Report of the Indian Hemp Drugs Commission, 1894-1895 - Volume III
Year: 1894
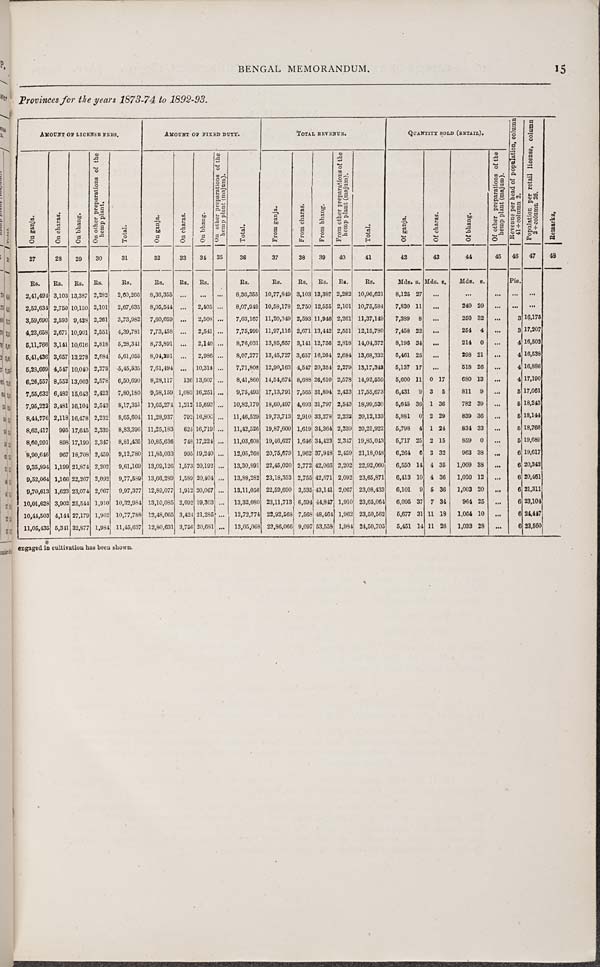
BENGAL MEMORANDUM.
15
Provinces for the years 1873-74 to 1892-93.
AMOUNT OF LICENSE FEES.
AMOUNT OF FIXED DUTY.
TOTAL REVENUE.
QUANTITY SOLD (RETAIL).
Of other preparations of the
hemp plant (majum).
Revenue
per head of population, column
41/column
2.
Population per retail license, column
2/column
26.
Remarks.
On ganja.
On charas.
On bhang.
On other preparations of the
hemp plant.
Total.
On ganja.
On charas.
On bhang.
O n other preparations of the
hemp plant (majum).
Total.
From ganja.
From charas.
Fr om bhang.
Fr om other preparations of the
hemp pl ant (
majum) .
Total.
Of ganja.
Of charas.
Of bhang.
Of other preparations of the
hemp plant (majum).
Revenue
per head of population, column
41/column
2.
Population per retail license, column
2/column
26.
Remarks.
27
28
29
30
31
32
33
34
35
36
37
38
39
40
41
42
43
44
45
46
47
48
Rs.
Rs.
Rs.
Rs.
Rs.
Rs.
Rs. Rs.
Rs.
Rs.
Rs. Rs. Rs.
Rs.
Mds. s. Mds. s.
Mds. s.
Pie.
2,41,494 3,103 13,387 2,282 2,60,266
8,36,355
8,36,355 10,77,849 3,103 13,387 2,282 10,96,621
8,125 27
2,52,634 2,750 10,150 2,101 2,67,635
8,05,544
2,405
8,07,949 10,58,178 2,750 12,555 2,101 10,75,584
7,830 11
240 20
3,59,690 2,593 9,438 2,261 3,73,982
7,60,659
2,508
7,63,167 11,20,349 2,593 11,946 2,261 11,37,149
7,389 8
260 32
3 16,175
4,23,658 2,671 10,901 2,551 4,39,781 7,73,458
2,541
7,75,999 11,97,116 2,671 13,442 2,551 12,15,780
7,458 22
264 4
3 17,207
5,11,766 3,141 10,616 2,818
5,28,341 8,73,891
2,140
8,76,031 13,85,657 3,141 12,756 2,818 14,04,372
8,196 34
214 0
4 16,502
5,41,436 3,657 13,278 2,684 5,61,055
8,04,291
2,986
8,07,277 13,45,727 3,657 16,264 2,684 13,68,332
5,461 25
298 21
4 16,538
5,28,669 4,547 10,040 2,279 5,45,535
7,61,494
10,314
7,71,808 12,90,163 4,547 20,354 2,279 13,17,343
5,137 17
518 26
4 16,886
6,26,557 8,552 13,003 2,578 6,50,690
8,28,117
136 13,607
8,41,860 14,54,674 8,688 26,610 2,578 14,92,650
5,600 11 0 17
680 13
4 17,190
7,55,632 6,482 15,643 2,423 7,80,180
9,58,159 1,083 16,251
9,75,493 17,13,791 7,565 31,894 2,423 17,55,673
6,431 9 3 5
811 9
5 17,061
7,95,223 3,481 16,104 2,543
8,17,351 10,65,274 1,212 15,693
10,82,179 18,60,497 4,693 31,797 2,543 18,99,530
5,645 36 1 36
782 39
5 18,243
8,44,776 2,118 16,478 2,232
8,65,604 11,28,937
792 16,800
11,46,529 19,73,713 2,910 33,278 2,232 20,12,133
5,881 0 2 29
839 36
5 18,144
8,62,417
995 17,645 2,339
8,83,396 11,25,183
624 16,719
11,42,526 19,87,600 1,619 34,364 2,339 20,25,922
5,798 4 1 24
834 33
5 18,768
8,60,991
898 17,199 2,347 8,81,435 10,85,636
748 17,224
11,03,608 19,46,627 1,646 34,423 2,347 19,85,043
5,717 25 2 15
859 0
5 19,689
8,90,646
967 18,708 2,459 9,12,780 11,85,033
995 19,240
12,05,268 20,75,679 1,962 37,948 2,459 21,18,048
6,264 6 3 32
963 38
6 19,617
9,35,894 1,199 21,874 2,202 9,61,169 13,09,126 1,573 20,192
13,30,891 22,45,020 2,772 42,066 2,202 22,92,060
6,650 14 4 36
1,009 38
6 20,342
9,52,064 1,166 22,267 2,092 9,77,589 13,66,289 1,589 20,404
13,88,282 23,18,353 2,755 42,671 2,092 23,65,871
6,413 10 4 36
1,020 12
6 20,461
9,70,613 1,623 23,074 2,067 9,97,377 12,89,077 1,912 20,067
13,11,056 22,59,690 3,535 43,141 2,067 23,08,433
6,101 9
5 36
1,003 20
6 21,311
10,01,628 3,902 25,544 1,910 10,32,984 13,10,085 2,692 19,303
13,32,080 23,11,713 6,594 44,847 1,910 23,65,064
6,095 37 7 34
964 25
6 23,104
10,44,503 4,144 27,179 1,962 10,77,788 12,48,065 3,424 21,285
12,72,774 22,92,568 7,568 48,464 1,962 23,50,562
5,677 31 11 18
1,064 10
6 24,447
11,05,435 5,341 32,877 1,984 11,45,637 12,80,631 3,756 20,681
13,05,068 23,86,066 9,097 53,559 1,984 24,50,705
5,451 14 11 26
1,033 28
6 23,560
engaged in cultivation has been shown.